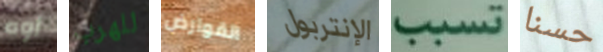
أوه للهرب القوارض الإنتربول تسبب حسنا